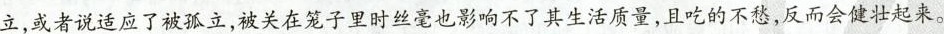
立，或者说适应了被孤立，被关在笼子里时丝毫也影响不了其生活质量，且吃的不愁，反而会健壮起来。